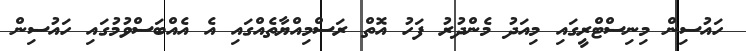
ހައުސިން މިނިސްޓްރީގައި މިއަދު މެންދުރު ފަހު އޮތް ރަސްމިއްޔާތެއްގައި އެ އެއްބަސްވުމުގައި ހައުސިން